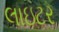
લાઇટર